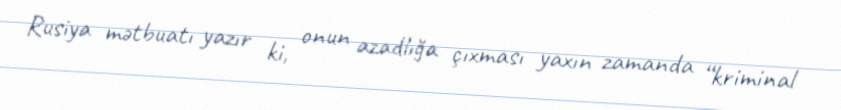
Rusiya mətbuatı yazır ki, onun azadlığa çıxması yaxın zamanda “kriminal